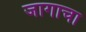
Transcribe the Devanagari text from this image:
जागाचा